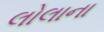
લોલાના